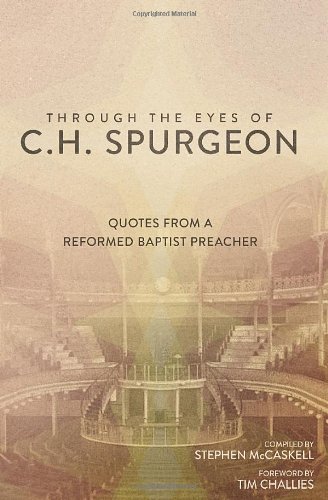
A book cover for Through the Eyes of C.H. Spurgeon: Quotes from a Reformed Baptist Preacher; Christian Books & Bibles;